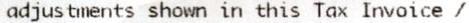
ADJUSTMENTS SHOWN IN THIS TAX INVOICE /